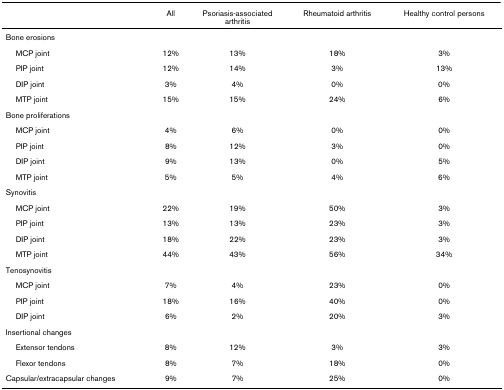
<table><thead><tr><td></td><td><b>All</b></td><td><b>Psoriasis-associated arthritis</b></td><td><b>Rheumatoid arthritis</b></td><td><b>Healthy control persons</b></td></tr></thead><tbody><tr><td>Bone erosions</td><td></td><td></td><td></td><td></td></tr><tr><td> MCP joint</td><td>12%</td><td>13%</td><td>18%</td><td>3%</td></tr><tr><td> PIP joint</td><td>12%</td><td>14%</td><td>3%</td><td>13%</td></tr><tr><td> DIP joint</td><td>3%</td><td>4%</td><td>0%</td><td>0%</td></tr><tr><td> MTP joint</td><td>15%</td><td>15%</td><td>24%</td><td>6%</td></tr><tr><td>Bone proliferations</td><td></td><td></td><td></td><td></td></tr><tr><td> MCP joint</td><td>4%</td><td>6%</td><td>0%</td><td>0%</td></tr><tr><td> PIP joint</td><td>8%</td><td>12%</td><td>3%</td><td>0%</td></tr><tr><td> DIP joint</td><td>9%</td><td>13%</td><td>0%</td><td>5%</td></tr><tr><td> MTP joint</td><td>5%</td><td>5%</td><td>4%</td><td>6%</td></tr><tr><td>Synovitis</td><td></td><td></td><td></td><td></td></tr><tr><td> MCP joint</td><td>22%</td><td>19%</td><td>50%</td><td>3%</td></tr><tr><td> PIP joint</td><td>13%</td><td>13%</td><td>23%</td><td>3%</td></tr><tr><td> DIP joint</td><td>18%</td><td>22%</td><td>23%</td><td>3%</td></tr><tr><td> MTP joint</td><td>44%</td><td>43%</td><td>56%</td><td>34%</td></tr><tr><td>Tenosynovitis</td><td></td><td></td><td></td><td></td></tr><tr><td> MCP joint</td><td>7%</td><td>4%</td><td>23%</td><td>0%</td></tr><tr><td> PIP joint</td><td>18%</td><td>16%</td><td>40%</td><td>0%</td></tr><tr><td> DIP joint</td><td>6%</td><td>2%</td><td>20%</td><td>3%</td></tr><tr><td>Insertional changes</td><td></td><td></td><td></td><td></td></tr><tr><td> Extensor tendons</td><td>8%</td><td>12%</td><td>3%</td><td>3%</td></tr><tr><td> Flexor tendons</td><td>8%</td><td>7%</td><td>18%</td><td>0%</td></tr><tr><td>Capsular/extracapsular changes</td><td>9%</td><td>7%</td><td>25%</td><td>0%</td></tr></tbody></table>